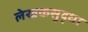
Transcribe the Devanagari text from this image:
लेखकसुद्धा